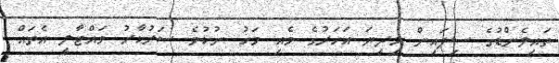
ތައިލެންޑުގެ ސިފައިން މިދިޔަ އަހަރުގެ މެއި މަހު ނުކުމެ ސަރުކާރު ވައްޓާލީ އެތައް